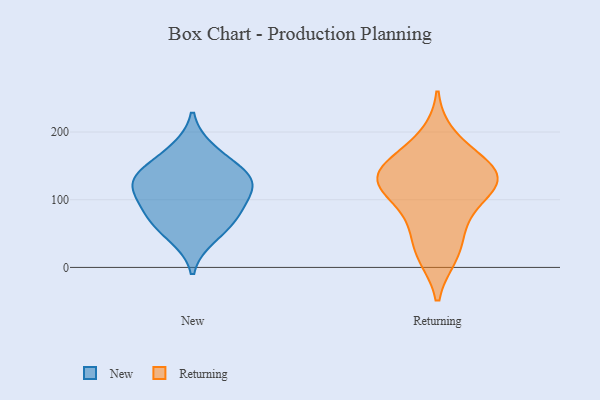
{"axis": {"x": "Headcount", "y": "Value"}, "legend": ["New", "Returning"], "data": [{"x": "", "y": 90, "type": "New"}, {"x": "", "y": 133, "type": "New"}, {"x": "", "y": 122, "type": "New"}, {"x": "", "y": 113, "type": "New"}, {"x": "", "y": 149, "type": "New"}, {"x": "", "y": 129, "type": "New"}, {"x": "", "y": 77, "type": "New"}, {"x": "", "y": 175, "type": "New"}, {"x": "", "y": 67, "type": "New"}, {"x": "", "y": 44, "type": "New"}, {"x": "", "y": 122, "type": "Returning"}, {"x": "", "y": 76, "type": "Returning"}, {"x": "", "y": 148, "type": "Returning"}, {"x": "", "y": 111, "type": "Returning"}, {"x": "", "y": 193, "type": "Returning"}, {"x": "", "y": 127, "type": "Returning"}, {"x": "", "y": 124, "type": "Returning"}, {"x": "", "y": 21, "type": "Returning"}, {"x": "", "y": 18, "type": "Returning"}, {"x": "", "y": 144, "type": "Returning"}, {"x": "", "y": 161, "type": "Returning"}, {"x": "", "y": 60, "type": "Returning"}, {"x": "", "y": 132, "type": "Returning"}]}